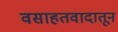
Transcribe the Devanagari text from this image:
वसाहतवादातून